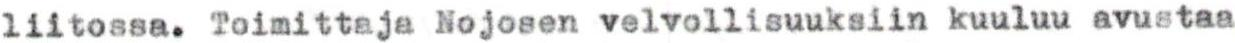
liitossa. Toimittaja Nojosen velvollisuuksiin kuuluu avustaa